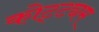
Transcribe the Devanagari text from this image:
कोट्ट्यम